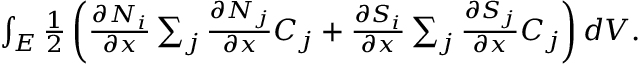
\begin{array} { r } { \int _ { E } \frac { 1 } { 2 } \left( \frac { \partial N _ { i } } { \partial x } \sum _ { j } \frac { \partial N _ { j } } { \partial x } C _ { j } + \frac { \partial S _ { i } } { \partial x } \sum _ { j } \frac { \partial S _ { j } } { \partial x } C _ { j } \right) d V . } \end{array}